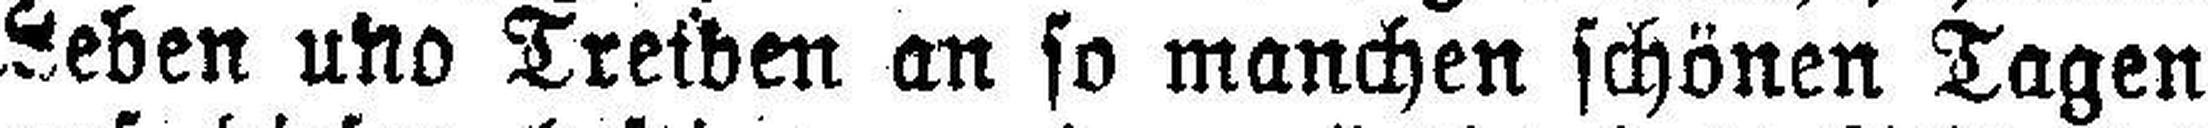
Leben und Treiben an so manchen schönen Tagen